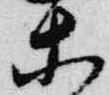
等